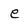
Character: e